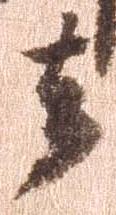
去